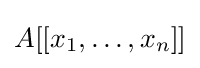
A[[x_{1},\dots ,x_{n}]]